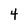
Character: 4